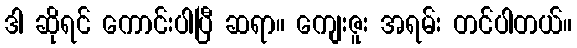
ဒါ ဆိုရင် ကောင်းပါပြီ ဆရာ။ ကျေးဇူး အရမ်း တင်ပါတယ်။